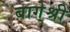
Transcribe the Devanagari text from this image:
बागे्श्री